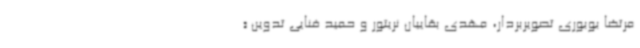
مرتضا بوبوری تصویربردار، مهدی بقاییان نریتور و حمید فنایی تدوین «